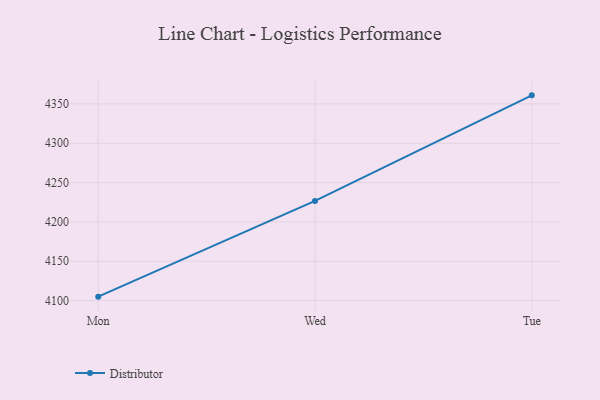
{"axis": {"x": "Day", "y": "Tickets Resolved"}, "legend": ["Distributor"], "data": [{"x": "Mon", "y": 4105.0, "type": "Distributor"}, {"x": "Wed", "y": 4226.7, "type": "Distributor"}, {"x": "Tue", "y": 4360.9, "type": "Distributor"}]}